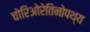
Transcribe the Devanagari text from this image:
चोरिओरेतिनोपथ्य